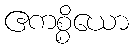
ဧကစ္စိယော